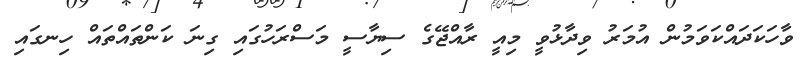
ވާހަކަދައްކަވަމުން އުމަރު ވިދާޅުވީ މިއީ ރާއްޖޭގެ ސިޔާސީ މަސްރަހުގައި ގިނަ ކަންތައްތައް ހިނގައި